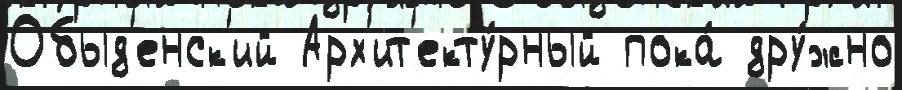
Обыд'енск'ий Арх'ит'екту́рный пока́ дру́жно